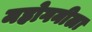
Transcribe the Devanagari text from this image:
महोगनीला